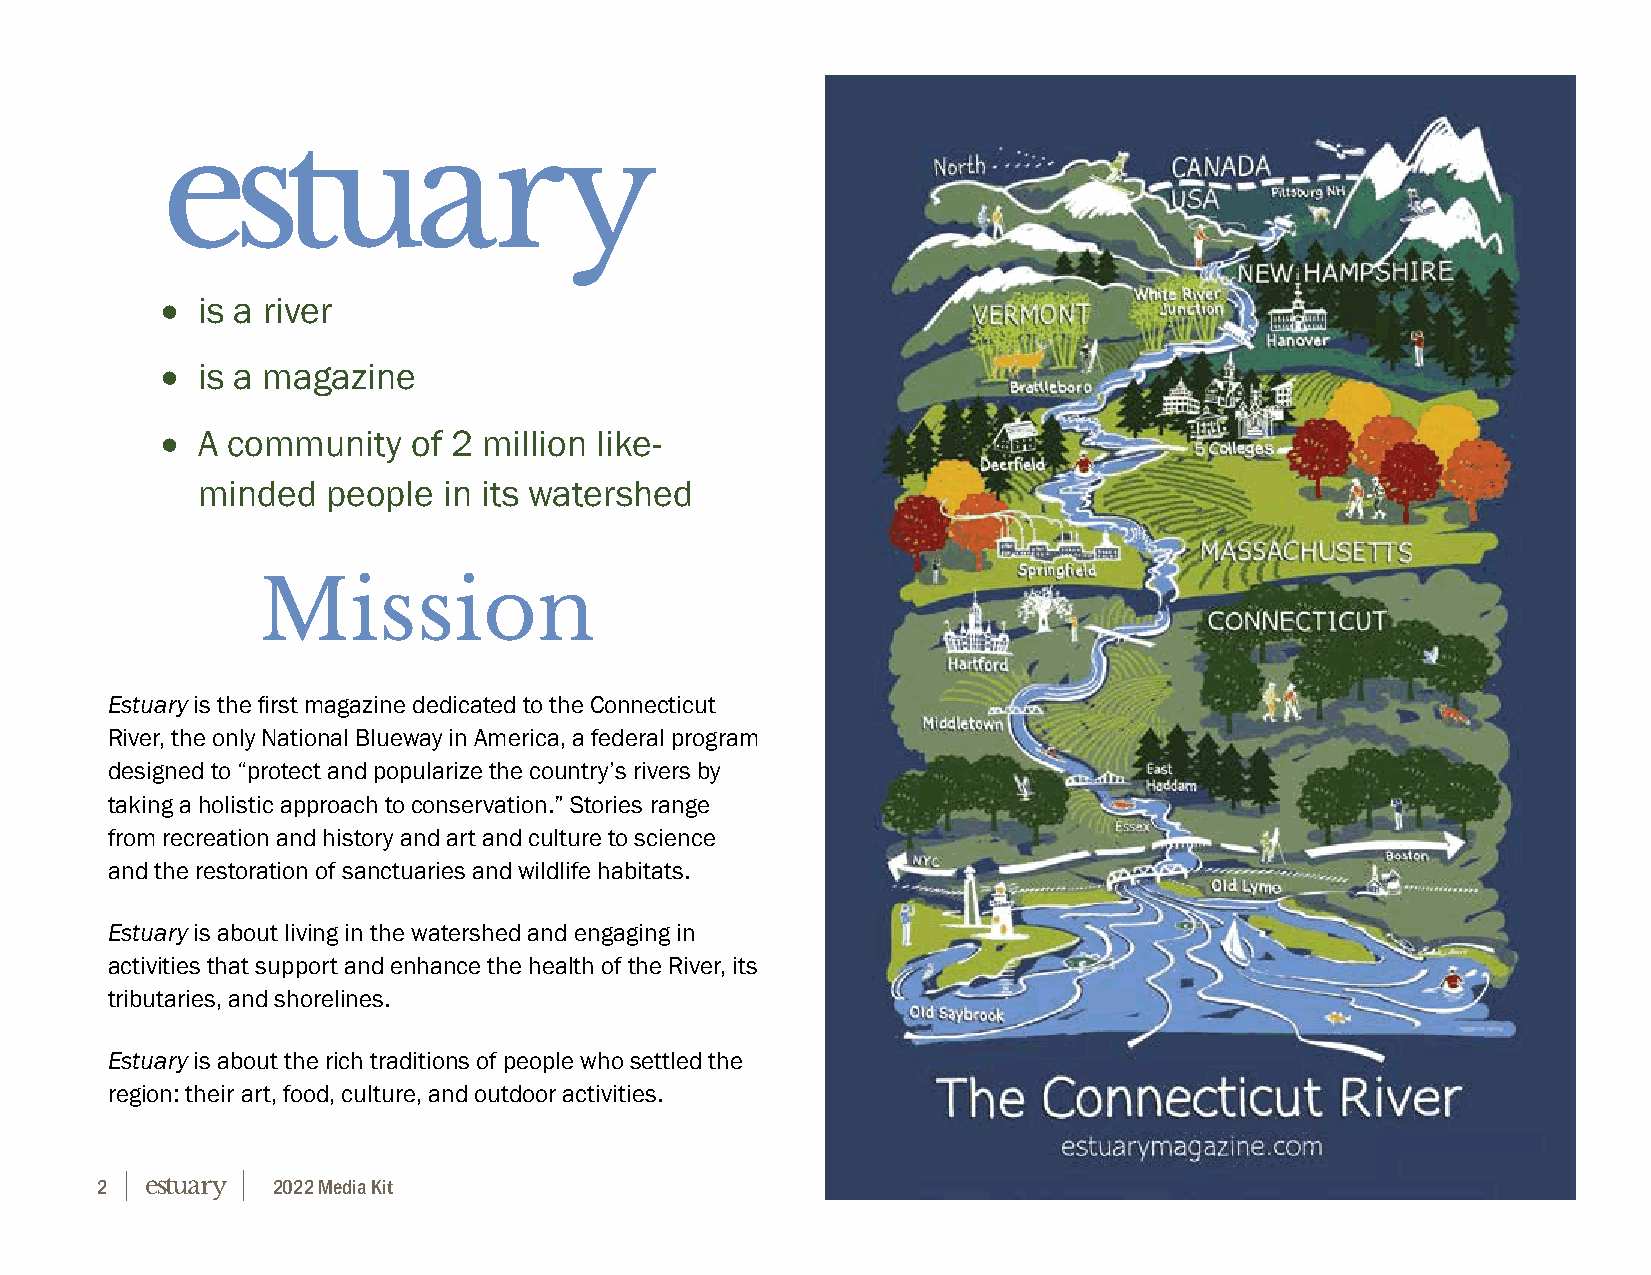
• is a river
 • is a magazine
 • A community   of 2 million like-
 minded   people in its watershed
 Mission
 Estuary is the first magazine dedicated to the Connecticut
 River, the only National Blueway in America, a federal program
 designed to “protect and popularize the country’s rivers by
 taking a holistic approach to conservation.” Stories range
 from recreation and history and art and culture to science
 and the restoration of sanctuaries and wildlife habitats.
 Estuary is about living in the watershed and engaging in
 activities that support and enhance the health of the River, its
 tributaries, and shorelines.
 Estuary is about the rich traditions of people who settled the
 region: their art, food, culture, and outdoor activities.
 2           2022 Media Kit